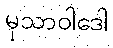
မုသာဝါဒေါ